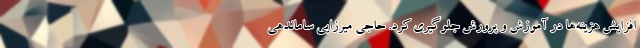
افزایش هزینه‌ها در آموزش و پرورش جلوگیری کرد. حاجی میرزایی ساماندهی